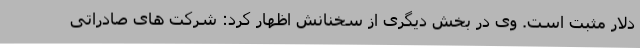
دلار مثبت است. وی در بخش دیگری از سخنانش اظهار کرد: شرکت های صادراتی